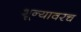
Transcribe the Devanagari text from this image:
शून्यावरच